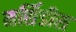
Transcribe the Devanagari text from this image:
मर्सिडीस